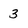
Character: 3